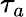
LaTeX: \tau_{a}